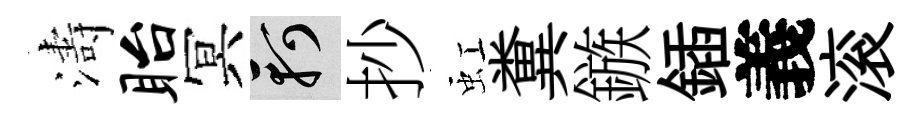
濤眙冥軻抄虹糞鏃鍤義滚